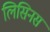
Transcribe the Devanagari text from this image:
लिसिनस